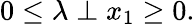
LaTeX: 0\leq\lambda\perp x_{1}\geq 0.